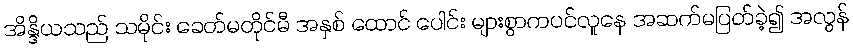
အိန္ဒိယသည် သမိုင်း ခေတ်မတိုင်မီ အနှစ် ထောင် ပေါင်း များစွာကပင်လူနေ အဆက်မပြတ်ခဲ့၍ အလွန်